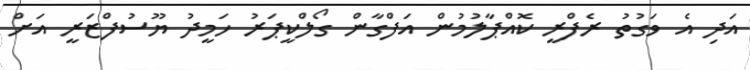
އަދި އެ ވަގުތު ރެފްރީ ކޮއްޕާލުމުން އަފްގާން ގޯލްކީޕަރު ހަމީދު ޔޫސުފްޒަރީ އަށް